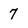
Character: 7